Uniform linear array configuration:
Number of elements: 12
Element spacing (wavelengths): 0.5
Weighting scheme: hamming
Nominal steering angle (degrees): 45
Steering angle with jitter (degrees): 46.949
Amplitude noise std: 0.05
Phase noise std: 0.05

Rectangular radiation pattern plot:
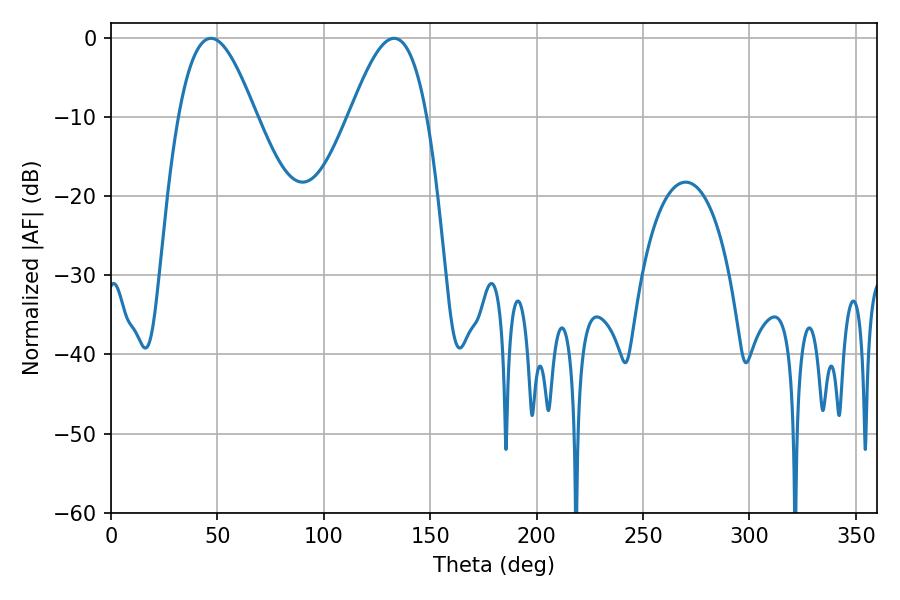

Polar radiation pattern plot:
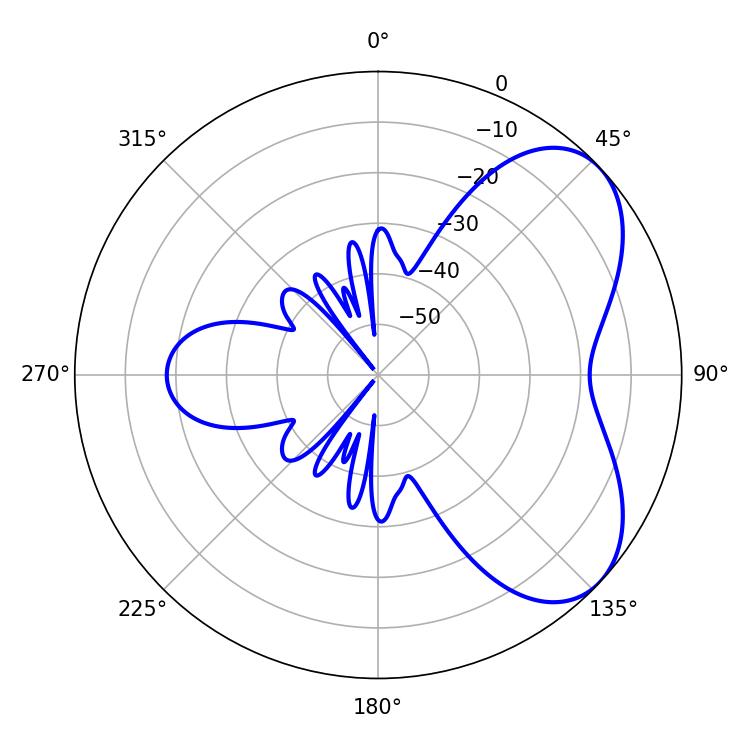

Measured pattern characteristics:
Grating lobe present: FALSE
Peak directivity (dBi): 5.516
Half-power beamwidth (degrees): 19.62
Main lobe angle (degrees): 46.98